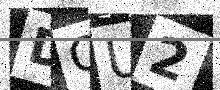
Text: DQU2